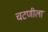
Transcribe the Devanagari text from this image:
चटणीला